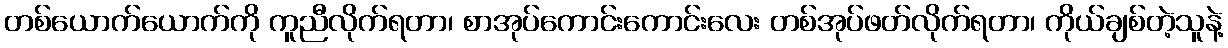
တစ်ယောက်ယောက်ကို ကူညီလိုက်ရတာ၊ စာအုပ်ကောင်းကောင်းလေး တစ်အုပ်ဖတ်လိုက်ရတာ၊ ကိုယ်ချစ်တဲ့သူနဲ့